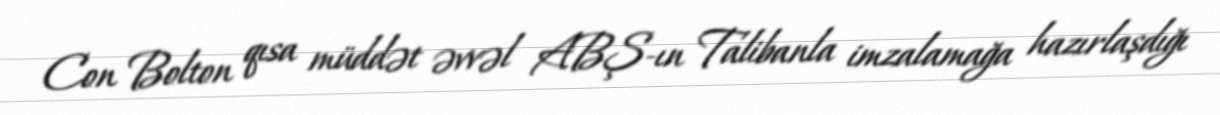
Con Bolton qısa müddət əvvəl ABŞ-ın Talibanla imzalamağa hazırlaşdığı